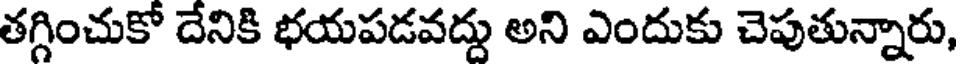
తగ్గించుకో దేనికి భయపడవద్దు అని ఎందుకు చెపుతున్నారు,